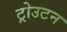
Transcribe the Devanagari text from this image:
ट्रोउटन